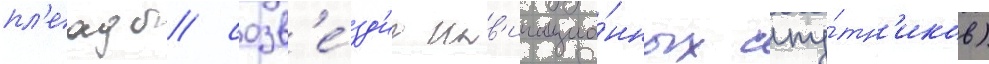
пл'еады/ созв'е́зд'иа нав'игацио́нных спу́тн'иков)